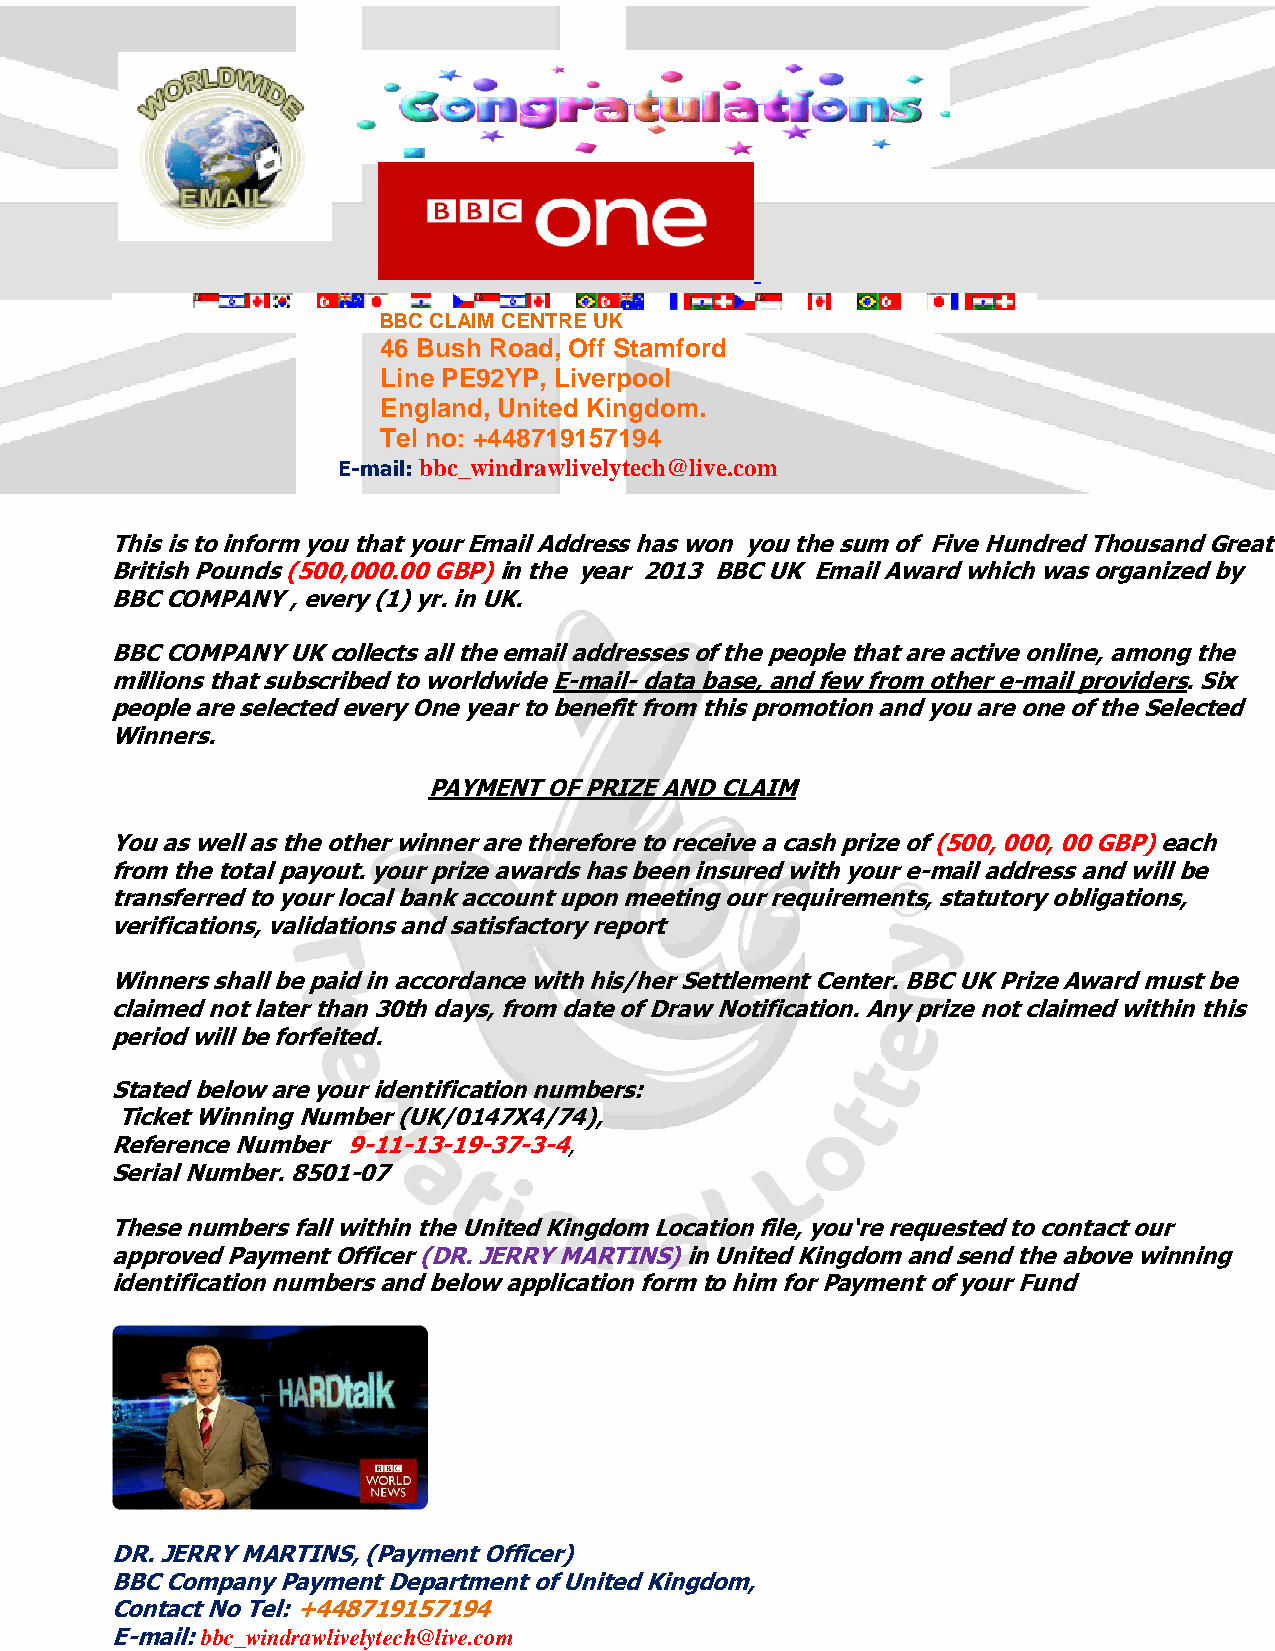
BBC CLAIM CENTRE UK
 46 Bush Road, Off Stamford
 Line PE92YP, Liverpool
 England, United Kingdom.
 Tel no: +448719157194
 E-mail: bbc_windrawlivelytech@live.com
 This is to inform you that your Email Address has won you the sum of Five Hundred Thousand Great
 British Pounds (500,000.00 GBP) in the year 2013 BBC UK Email Award which was organized by
 BBC COMPANY , every (1) yr. in UK.
 BBC COMPANY UK collects all the email addresses of the people that are active online, among the
 millions that subscribed to worldwide E-mail- data base, and few from other e-mail providers. Six
 people are selected every One year to benefit from this promotion and you are one of the Selected
 Winners.
 PAYMENT OF PRIZE AND CLAIM
 You as well as the other winner are therefore to receive a cash prize of (500, 000, 00 GBP) each
 from the total payout. your prize awards has been insured with your e-mail address and will be
 transferred to your local bank account upon meeting our requirements, statutory obligations,
 verifications, validations and satisfactory report
 Winners shall be paid in accordance with his/her Settlement Center. BBC UK Prize Award must be
 claimed not later than 30th days, from date of Draw Notification. Any prize not claimed within this
 period will be forfeited.
 Stated below are your identification numbers:
 Ticket Winning Number (UK/0147X4/74),
 Reference Number 9-11-13-19-37-3-4,
 Serial Number. 8501-07
 These numbers fall within the United Kingdom Location file, you‘re requested to contact our
 approved Payment Officer (DR. JERRY MARTINS) in United Kingdom and send the above winning
 identification numbers and below application form to him for Payment of your Fund
 DR. JERRY MARTINS, (Payment Officer)
 BBC Company Payment Department of United Kingdom,
 Contact No Tel: +448719157194
 E-mail: bbc_windrawlivelytech@live.com